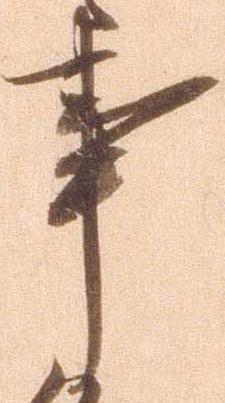
事